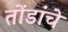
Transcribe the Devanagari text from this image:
तोंडांचे